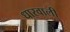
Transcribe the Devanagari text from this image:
धारवाली